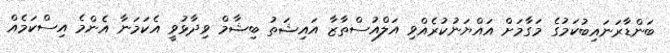
ބަންޑާރަނައިބުކަމުގެ މަގާމަށް އައްޔަނުކުރެއްވި އަލްއުސްތާޒާ އައިޝަތު ބިޝާމް ވިދާޅުވީ އެކަމަނާ އެންމެ އިސްކަމެއް